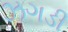
ઝગડી